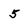
Character: 5